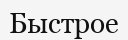
Быстрое